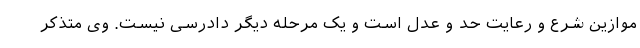
موازین شرع و رعایت حد و عدل است و یک مرحله دیگر دادرسی نیست. وی متذکر